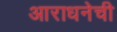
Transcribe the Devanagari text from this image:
आराधनेची